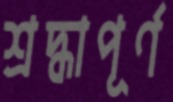
শ্রদ্ধাপূর্ণ